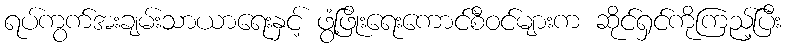
ရပ်ကွက်အးချမ်းသာယာရေးနှင့် ဖွံ့ဖြိုးရေးကောင်စီဝင်များက ဆိုင်ရှင်ကိုကြည့်ပြီး